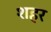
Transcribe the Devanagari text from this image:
शहर